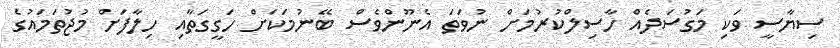
ސިޔާސީ ވަކި މަގުސަދެއް ހާސިލްކުރުމަށް ނުވަތަ އެނޫންވެސް ބޭނުމަކަށް ހަގީގަތާއި ހިލާފަށް މުޖުތަމައުގެ